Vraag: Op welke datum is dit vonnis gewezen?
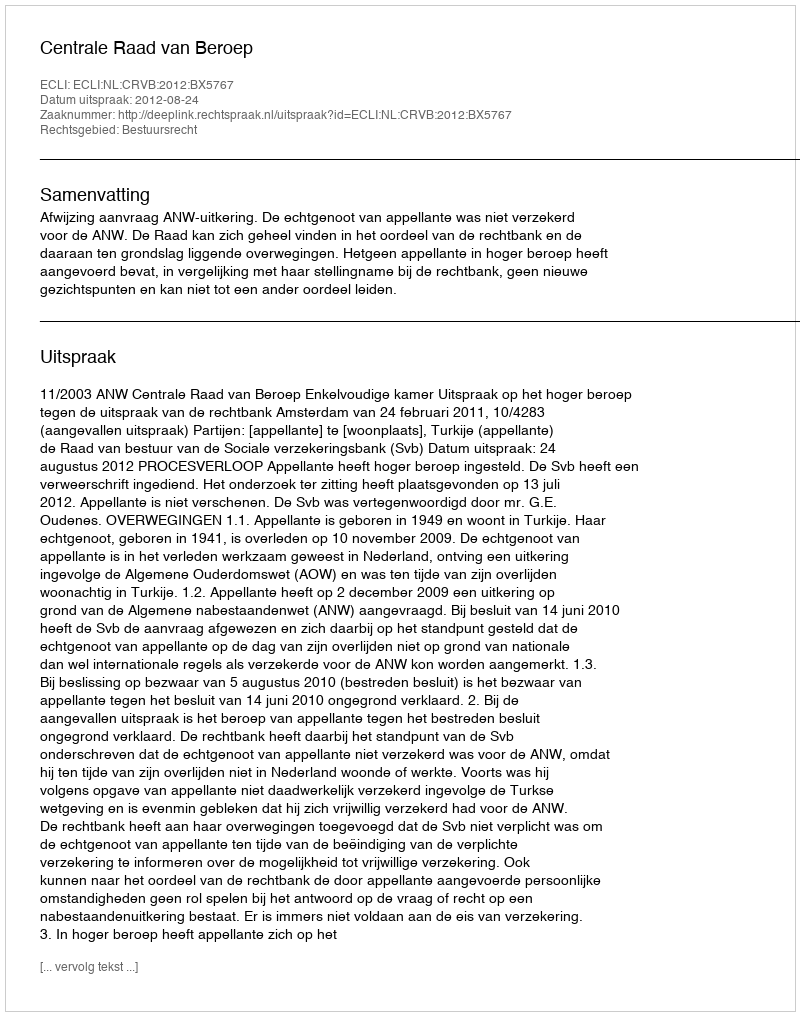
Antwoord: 2012-08-24